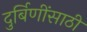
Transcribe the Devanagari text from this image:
दुर्बिणींसाठी